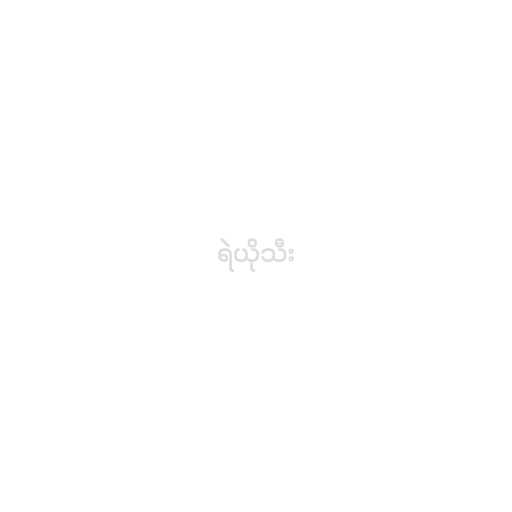
ရဲယိုသီး